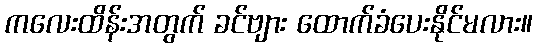
ကလေးထိန်းအတွက် ခင်ဗျား ထောက်ခံပေးနိုင်မလား။